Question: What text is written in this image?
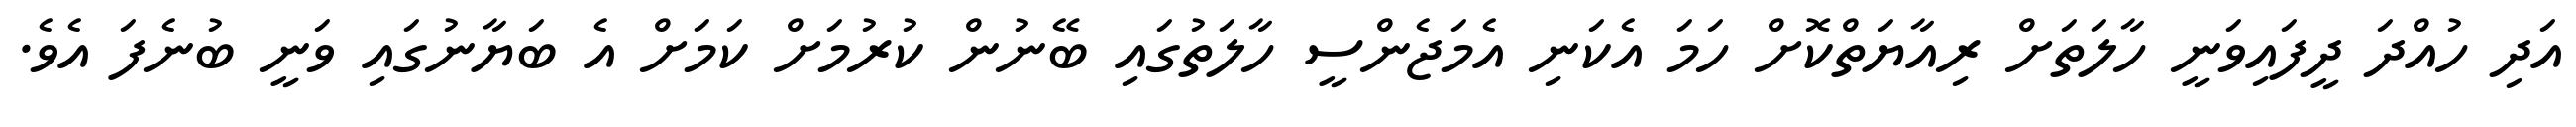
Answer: އަދި ހުއްދަ ދީފައިވަނީ ހާލަތަށް ރިއާޔަތްކޮށް ހަމަ އެކަނި އެމަޖެންސީ ހާލަތުގައި ބޭނުން ކުރުމަށް ކަމަށް އެ ބަޔާނުގައި ވަނީ ބުނެފަ އެވެ.